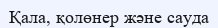
Қала, қолөнер және сауда